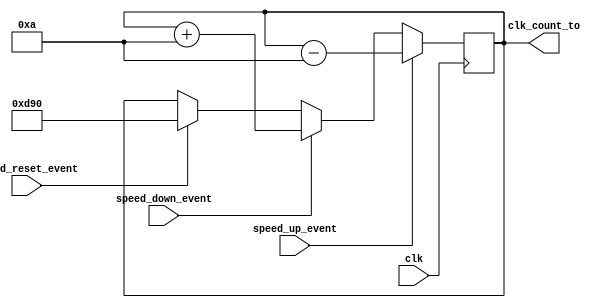
/*

LAB 2 TEMPLATE TAKEN FROM AKASH RANDHAWA: 88346861
USED FOR PREVIOUS LAB 3 SUBMISSION

*/

module speed(clk, speed_up_event, speed_down_event, speed_reset_event, clk_count_to);

input clk, speed_up_event, speed_down_event, speed_reset_event;
output reg[31:0] clk_count_to;

always @(posedge clk) begin

	if(speed_up_event)   //if speeding up, subtract 10 from count to
	clk_count_to <= (clk_count_to - 32'd10);
	else if(speed_down_event)
	clk_count_to <= (clk_count_to + 32'd10); //if slowing down, add 10
	else if(speed_reset_event)
	clk_count_to <= 32'd3472;    //if reset, go back to 7200hz
	else clk_count_to <= clk_count_to; end  //else keep what it is

endmodule